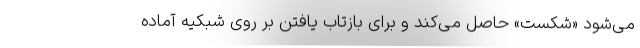
می‌شود «شکست» حاصل می‌کند و برای بازتاب یافتن بر روی شبکیه آماده